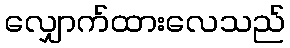
လျှောက်ထားလေသည်